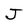
Character: J